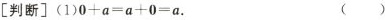
[判断](1)$$0 + a = a + 0 = a$$. （）